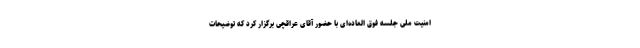
امنیت ملی جلسه فوق العاده‌ای با حضور آقای عراقچی برگزار کرد که توضیحات